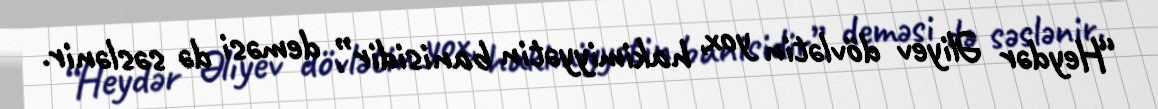
“Heydər Əliyev dövlətin yox, hakimiyyətin banisidir”, deməsi də səslənir.